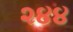
૨૪૪